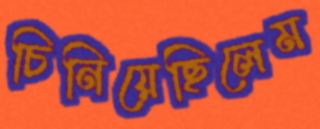
চিনিয়েছিলেম